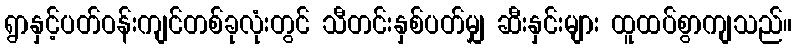
ရွာနှင့်ပတ်ဝန်းကျင်တစ်ခုလုံးတွင် သီတင်းနှစ်ပတ်မျှ ဆီးနှင်းများ ထူထပ်စွာကျသည်။